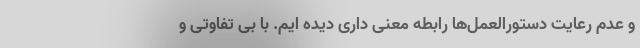
و عدم رعایت دستورالعمل‌ها رابطه معنی داری دیده ایم. با بی تفاوتی و